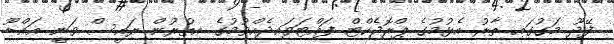
ފޭދޫ މަގުގައި ތާރު އެޅުމުގެ ޕްރޮޖެކްޓް ފައްޓަވައިދެއްވުމުގެ އިތުރުން ރައީސް ވަނީ އައްޑޫ